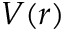
V ( r )